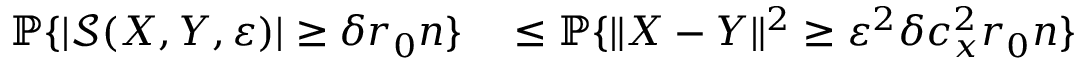
\begin{array} { r l } { \mathbb { P } \{ | \mathcal { S } ( X , Y , \varepsilon ) | \ge \delta r _ { 0 } n \} } & { { } \le \mathbb { P } \{ \| X - Y \| ^ { 2 } \ge \varepsilon ^ { 2 } \delta c _ { x } ^ { 2 } r _ { 0 } n \} } \end{array}